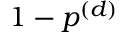
1 - p ^ { ( d ) }